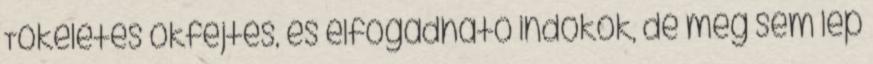
Tökéletes okfejtés, és elfogadható indokok, de meg sem lep